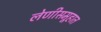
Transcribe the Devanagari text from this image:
लेणीसमूहात